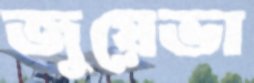
জুয়েভা